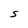
Character: S